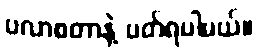
ပလာစတာနဲ့ ပတ်ရပါမယ်။